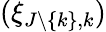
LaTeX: (\xi_{J\backslash\{ k\} ,k})